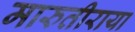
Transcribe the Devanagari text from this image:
मारुतीराया